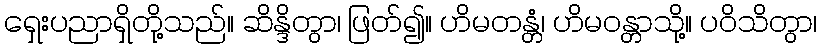
ရှေးပညာရှိတို့သည်။ ဆိန္ဒိတွာ၊ ဖြတ်၍။ ဟိမတန္တံ၊ ဟိမဝန္တာသို့။ ပဝိသိတွာ၊